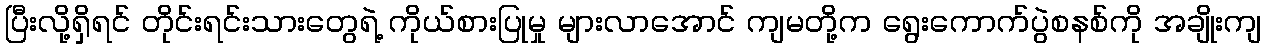
ပြီးလို့ရှိရင် တိုင်းရင်းသားတွေရဲ့ ကိုယ်စားပြုမှု များလာအောင် ကျမတို့က ရွေးကောက်ပွဲစနစ်ကို အချိုးကျ